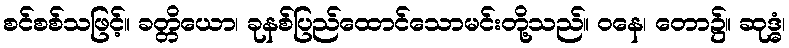
စင်စစ်သဖြင့်။ ခတ္တိယော၊ ခုနစ်ပြည်ထောင်သောမင်းတို့သည်။ ဝနေ၊ တော၌။ ဆုဒ္ဓံ၊